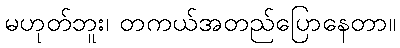
မဟုတ်ဘူး၊ တကယ်အတည်ပြောနေတာ။